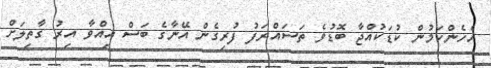
އެހެންކަމުން ކުޑަކުއްޖާ ބޮޑުވެ ތަސައްރަފު ފުރިގެން އޭނާގެ ބަސް އިއްވާ އިރު ގާތިލަށް